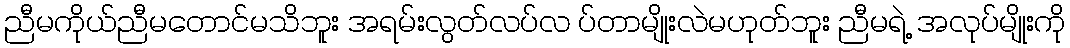
ညီမကိုယ်ညီမတောင်မသိဘူး အရမ်းလွတ်လပ်လ ပ်တာမျိုးလဲမဟုတ်ဘူး ညီမရဲ့ အလုပ်မျိုးကို